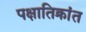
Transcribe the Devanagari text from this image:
पक्षातिक्रांत